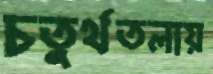
চতুর্থতলায়